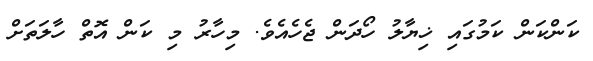
ކަންކަން ކަމުގައި ޚިޔާލު ހޯދަން ޖެހެއެވެ. މިހާރު މި ކަން އޮތް ހާލަތަށް